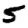
Digit: 5